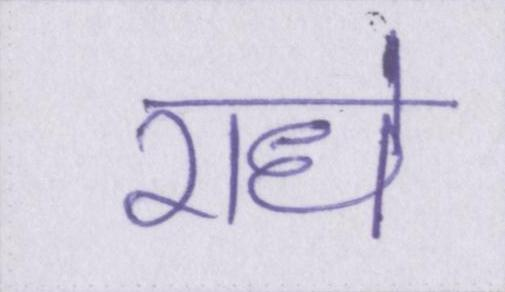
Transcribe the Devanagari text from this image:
राधे